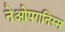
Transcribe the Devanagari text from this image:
नेओपगनिस्म